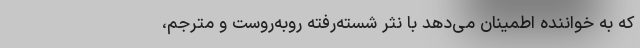
که به خواننده اطمینان می‌دهد با نثر شُسته‌رُفته رو‌به‌روست و مترجم،